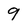
Character: 9